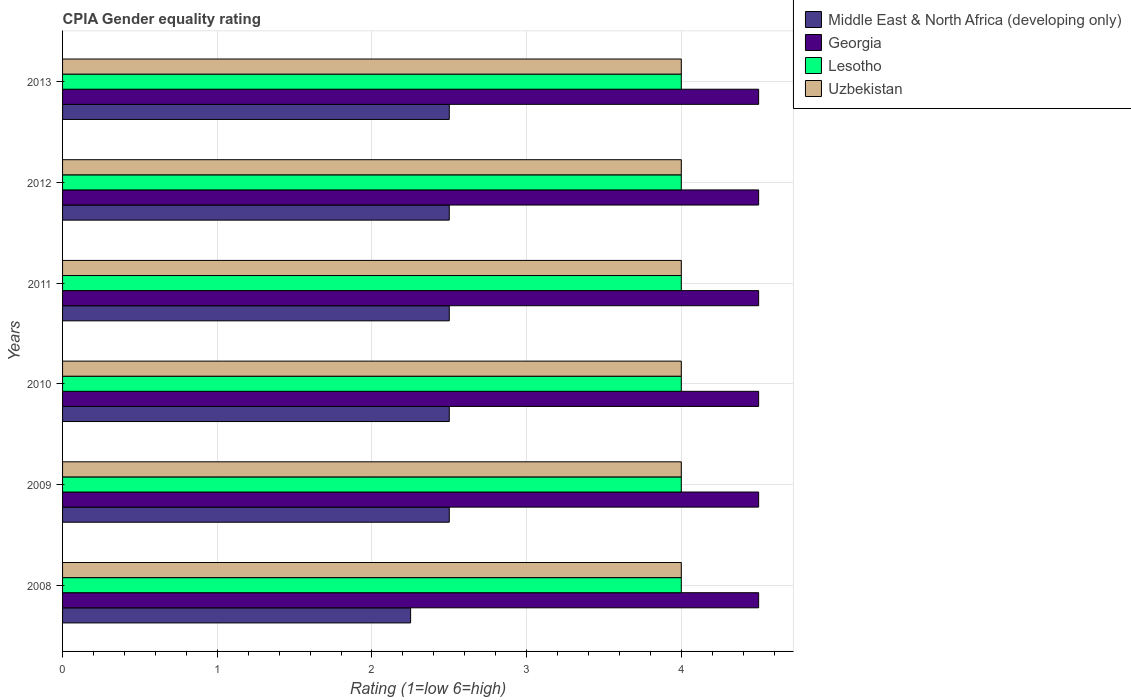
| Years | Middle East & North Africa (developing only) | Georgia | Lesotho | Uzbekistan |
 | --- | --- | --- | --- | --- |
 | 2008 | 2.25 | 4.5 | 4 | 4 |
 | 2009 | 2.5 | 4.5 | 4 | 4 |
 | 2010 | 2.5 | 4.5 | 4 | 4 |
 | 2011 | 2.5 | 4.5 | 4 | 4 |
 | 2012 | 2.5 | 4.5 | 4 | 4 |
 | 2013 | 2.5 | 4.5 | 4 | 4 |